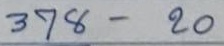
378 - 100x70